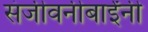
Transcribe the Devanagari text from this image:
संजीवनीबाईंनी